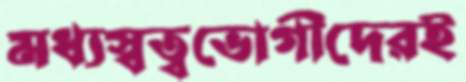
মধ্যস্বত্বভোগীদেরই